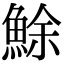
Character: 鮽